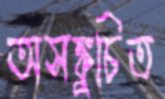
অসঙ্কুচিত